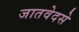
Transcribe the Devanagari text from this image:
जातवेदसे